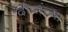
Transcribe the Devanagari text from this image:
दोषांच्या